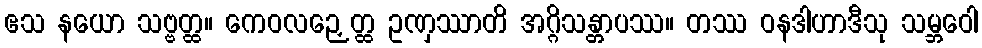
ဧသ နယော သဗ္ဗတ္ထ။ ကေဝလဉှေတ္ထ ဥဏှဿာတိ အဂ္ဂိသန္တာပဿ။ တဿ ဝနဒါဟာဒီသု သမ္ဘဝေါ